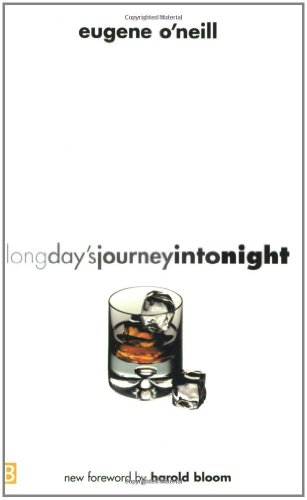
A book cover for Long Day's Journey into Night; Eugene O'Neill; Humor & Entertainment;